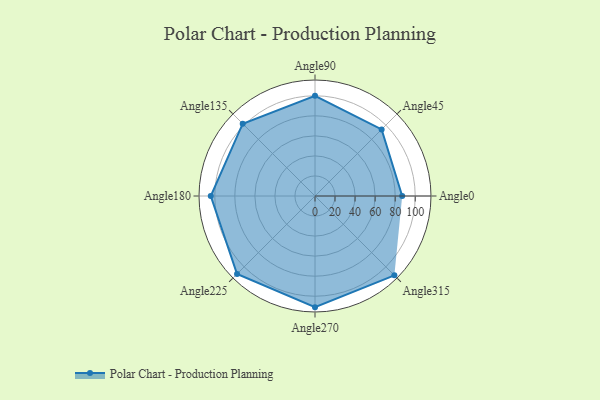
{"axis": {"x": "Angle", "y": "Radius"}, "legend": [""], "data": [{"x": "Angle0", "y": 87.0, "type": ""}, {"x": "Angle45", "y": 94.0, "type": ""}, {"x": "Angle90", "y": 100.0, "type": ""}, {"x": "Angle135", "y": 102.0, "type": ""}, {"x": "Angle180", "y": 104.0, "type": ""}, {"x": "Angle225", "y": 110.0, "type": ""}, {"x": "Angle270", "y": 111.0, "type": ""}, {"x": "Angle315", "y": 112.0, "type": ""}]}